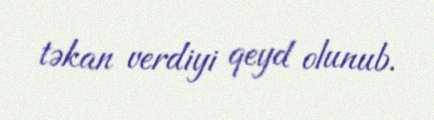
təkan verdiyi qeyd olunub.